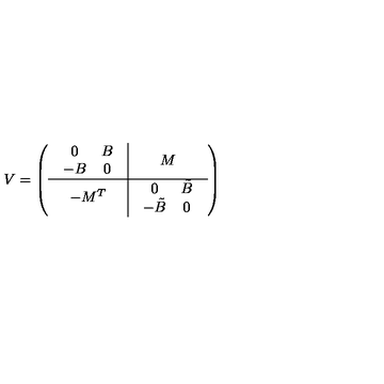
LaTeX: V = \left( \begin{array} { c | c } { \begin{array} { c c } { 0 } & { B } \\ { - B } & { 0 } \\ \end{array} } & { M } \\ \hline { - M ^ { T } } & { \begin{array} { c c } { 0 } & { \tilde { B } } \\ { - \tilde { B } } & { 0 } \\ \end{array} } \\ \end{array} \right)